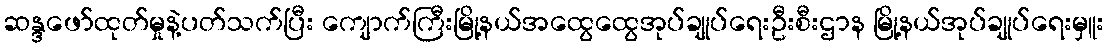
ဆန္ဒဖော်ထုတ်မှုနဲ့ပတ်သက်ပြီး ကျောက်ကြီးမြို့နယ်အထွေထွေအုပ်ချုပ်ရေးဦးစီးဌာန မြို့နယ်အုပ်ချုပ်ရေးမှူး